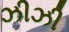
ઝીઝી